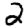
Digit: 2